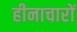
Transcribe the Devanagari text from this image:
हीनाचारों